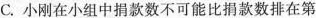
C.小刚在小组中捐款数不可能比捐款数排在第